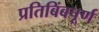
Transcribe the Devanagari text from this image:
प्रतिबिंबपूर्ण